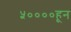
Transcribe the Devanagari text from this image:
५००००हून